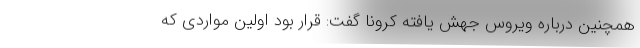
همچنین درباره ویروس جهش یافته کرونا گفت: قرار بود اولین مواردی که